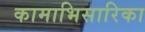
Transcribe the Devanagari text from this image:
कामाभिसारिका